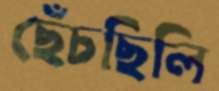
ছেঁচছিলি